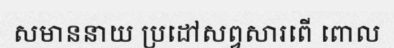
សមាននាយ ប្រដៅសព្វសារពើ ពោល